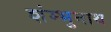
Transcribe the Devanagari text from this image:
शंम्भुनाथ